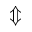
\Updownarrow